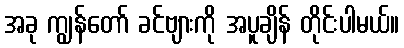
အခု ကျွန်တော် ခင်ဗျားကို အပူချိန် တိုင်းပါမယ်။